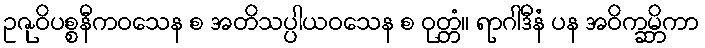
ဥဇုဝိပစ္စနီကဝသေန စ အတိသပ္ပါယဝသေန စ ဝုတ္တံ။ ရာဂါဒီနံ ပန အဝိက္ခမ္ဘိကာ